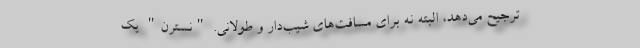
ترجیح می‌دهد، البته نه برای مسافت‌های شیب‌دار و طولانی. "نسترن" یک